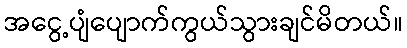
အငွေ့ပျံပျောက်ကွယ်သွားချင်မိတယ်။